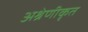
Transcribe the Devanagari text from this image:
अश्रेणीकृत